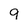
Character: 9